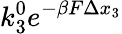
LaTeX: k_{3}^{0}e^{-\beta F\Delta x_{3}}